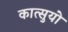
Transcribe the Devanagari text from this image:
कात्सुयो